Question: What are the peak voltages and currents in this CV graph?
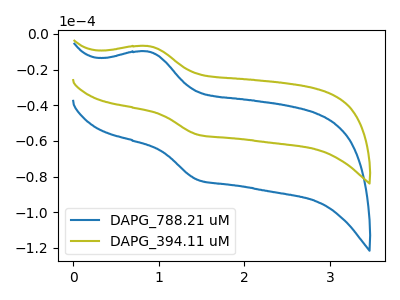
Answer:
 <answer>The blue curve "DAPG_788.21 uM" has an anodic peak at (0.85V, -9.90uA) and a cathodic peak at (1.45V, -81.85uA). The olive curve "DAPG_394.11 uM" has an anodic peak at (0.85V, -6.85uA) and a cathodic peak at (1.45V, -56.50uA).</answer>
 <eval></eval>